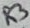
Text: R3